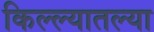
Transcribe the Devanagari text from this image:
किल्ल्यातल्या